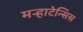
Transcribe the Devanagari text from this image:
मऱ्हाटेन्सिस